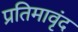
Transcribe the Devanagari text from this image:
प्रतिमावृंद